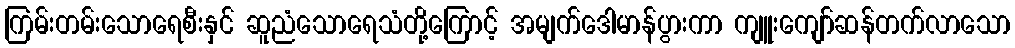
ကြမ်းတမ်းသောရေစီးနှင် ဆူညံသောရေသံတို့ကြောင့် အမျက်ဒေါမာန်ပွားကာ ကျူးကျော်ဆန်တက်လာသော